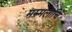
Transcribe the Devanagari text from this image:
मरुमलार्चि